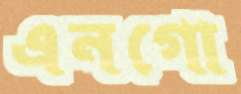
এনগো